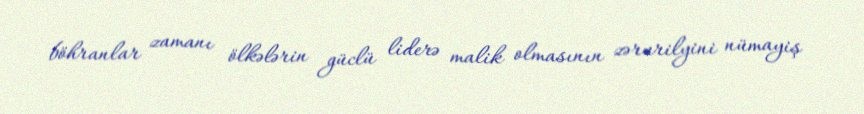
böhranlar zamanı ölkələrin güclü liderə malik olmasının zərurilyini nümayiş